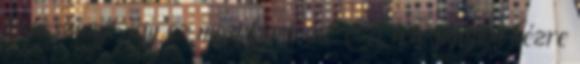
kisasszonyt, így ez most kimarad. A felé nyújtott kézre